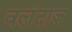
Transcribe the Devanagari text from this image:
वलंदाज